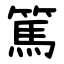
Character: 篤